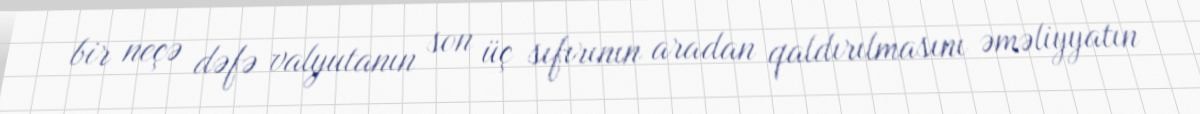
bir neçə dəfə valyutanın son üç sıfırının aradan qaldırılmasını əməliyyatın